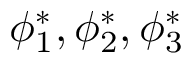
\phi _ { 1 } ^ { * } , \phi _ { 2 } ^ { * } , \phi _ { 3 } ^ { * }